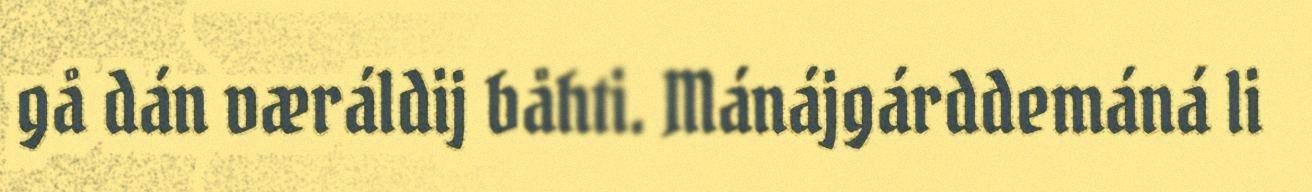
gå dán væráldij båhti. Mánájgárddemáná li